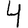
Digit: 4